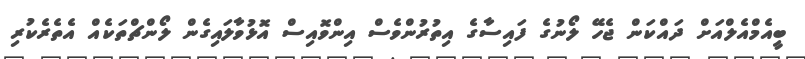
ބީއެމްއެލްއަށް ދައްކަން ޖެހޭ ލޯނުގެ ފައިސާގެ އިތުރުންވެސް އިންވޮއިސް އޮޅުވާލައިގެން ލޯންޗްތަކެއް އެތެރެކުރި